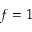
f = 1